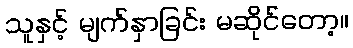
သူနှင့် မျက်နှာခြင်း မဆိုင်တော့။